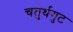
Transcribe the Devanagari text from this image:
चतुर्थगुट